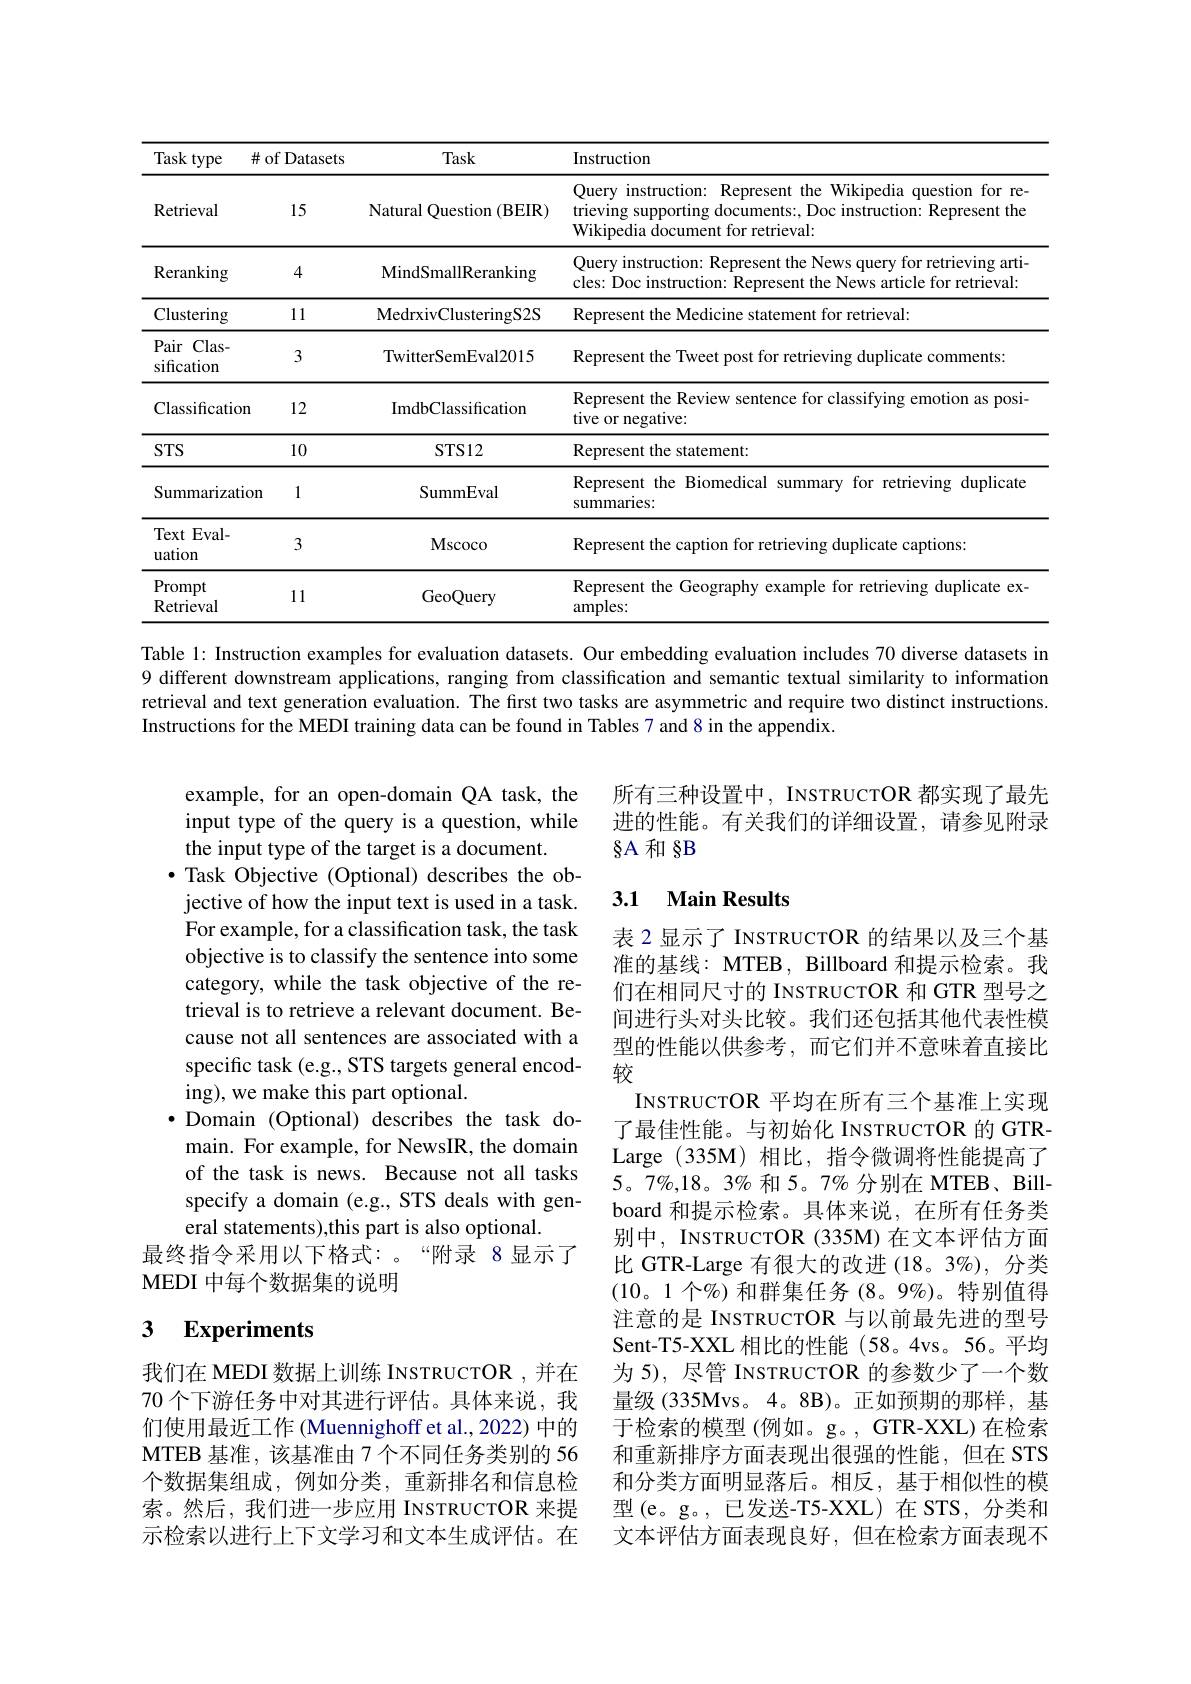
<table>
	<tbody>
		<tr>
			<th>Taskt type</th>
			<th>$t$ of Datasets</th>
			<th>Task</th>
			<th>Instruction</th>
		</tr>
		<tr>
			<td>Retrieval</td>
			<td>15</td>
			<td>Natural Question (BEIR)</td>
			<td>Query instruction: Represent the Wikipedia question for re trieving supporting documents:, Doc instruction: Represent the Wikipedia document for retrieval:</td>
		</tr>
		<tr>
			<td>Reranking</td>
			<td>4</td>
			<td>MindSmallReranking</td>
			<td>Query instruction: Represent the News query for retrieving arti cles: Doc instruction: Represent the News article for retrieval:</td>
		</tr>
		<tr>
			<td>Clustering</td>
			<td>11</td>
			<td>MedrxivClusteringS2S</td>
			<td>Represent the Medicine statement for retrieval:</td>
		</tr>
		<tr>
			<td>Pair $Clas-$ sification</td>
			<td>3</td>
			<td>TwitterSemEval2015</td>
			<td>Represent the Tweet post for retrieving duplicate comments:</td>
		</tr>
		<tr>
			<td>Classification</td>
			<td>12</td>
			<td>ImdbClassification</td>
			<td>Represent the Review sentence for classifying emotion as posi tive or negative:</td>
		</tr>
		<tr>
			<td>STS</td>
			<td>10</td>
			<td>$STS12$</td>
			<td>Represent the statement:</td>
		</tr>
		<tr>
			<td>Summarizatio</td>
			<td>1 n</td>
			<td>SummEval</td>
			<td>Represent the Biomedical summary for retrieving duplicate summaries:</td>
		</tr>
		<tr>
			<td>Text $Eval-$ uation</td>
			<td>3</td>
			<td>Mscoco</td>
			<td>Represent the caption for retrieving duplicate captions:</td>
		</tr>
		<tr>
			<td>Prompt Retrieval</td>
			<td>11</td>
			<td>GeoQuery</td>
			<td>Represent the Geography example for retrieving duplicate ex amples:</td>
		</tr>
	</tbody>
</table>

Table l: Instruction examples for evaluation datasets. Our embedding evaluation includes 70 diverse datasets in 9 different downstream applications, ranging from classification and semantic textual similarity to information retrieval and text generation evaluation. The first two tasks are asymmetric and require two distinct instructions. Instructions for the MEDI training data can be found in Tables 7 and 8 in the appendix.

所有三种设置中，INSTRUCTOR 都实现了最先进的性能。有关我们的详细设置，请参见附录$\S A$和 8B

### 3.1 Main Results

example, for an open-domain QA task, the input type of the query is a question, while the input type of the target is a document.
$\bullet$ Task Objective (Optional) describes the objective of how the input text is used in a task. For example, for a classification task, the task objective is to classify the sentence into some category, while the task objective of the retrieval is to retrieve a relevant document. Because not all sentences are associated with a specific task (e.g., STS targets general encoding), we make this part optional.
·Domain (Optional) describes the task domain. For example, for NewsIR, the domain of the task is news. Because not all tasks specify a domain (e.g., STS deals with general statements),this part is also optional.
最终指令采用以下格式：。“附录 8显示了
MEDI 中每个数据集的说明

表 2 显示了 INSTRUCTOR 的结果以及三个基准的基线：MTEB, Billboard 和提示检索。我们在相同尺寸的 INSTRUCTOR 和 GTR 型号之间进行头对头比较。我们还包括其他代表性模型的性能以供参考，而它们并不意味着直接比较
INSTRUCTOR 平均在所有三个基准上实现了最佳性能。与初始化 INSTRUCTOR 的 GTRLarge (335M)相比，指令微调将性能提高了5。7%,18。3% 和 5。7% 分别在 MTEB、Billboard 和提示检索。具体来说，在所有任务类别中，INSTRUCTOR (335M) 在文本评估方面比 GTR-Large 有很大的改进 (18。3%), 分类(10。1 个%)和群集任务(8。9%)。特别值得注意的是 INSTRUCTOR 与以前最先进的型号Sent-T5-XXL 相比的性能 (58。4vs。56。平均为 5), 尽管 INSTRUCTOR 的参数少了一个数量级 (335Mvs。4。8B)。正如预期的那样，基于检索的模型 (例如。g。, GTR-XXL) 在检索和重新排序方面表现出很强的性能，但在 STS 和分类方面明显落后。相反，基于相似性的模型(e。g。,已发送-T5-XXL)在 STS,分类和文本评估方面表现良好，但在检索方面表现不

### 3 $\textbf{Experiments}$

我们在 MEDI 数据上训练 INSTRUCTOR ,并在70 个下游任务中对其进行评估。具体来说，我们使用最近工作 (Muennighoff et al., 2022) 中的MTEB 基准，该基准由 7 个不同任务类别的 56个数据集组成，例如分类，重新排名和信息检索。然后，我们进一步应用 INSTRUCTOR 来提示检索以进行上下文学习和文本生成评估。在